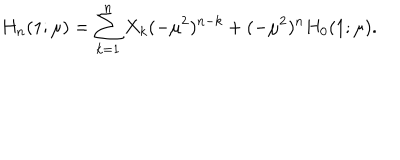
H _ { n } ( 1 ; \mu ) = \sum _ { k = 1 } ^ { n } X _ { k } ( - \mu ^ { 2 } ) ^ { n - k } + ( - \mu ^ { 2 } ) ^ { n } H _ { 0 } ( 1 ; \mu ) .